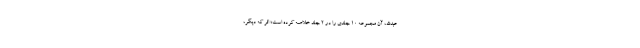
عبدالله، آن مجموعه 10 جلدی را در 2 جلد خلاصه کرده است؛ اثر که دیگر،